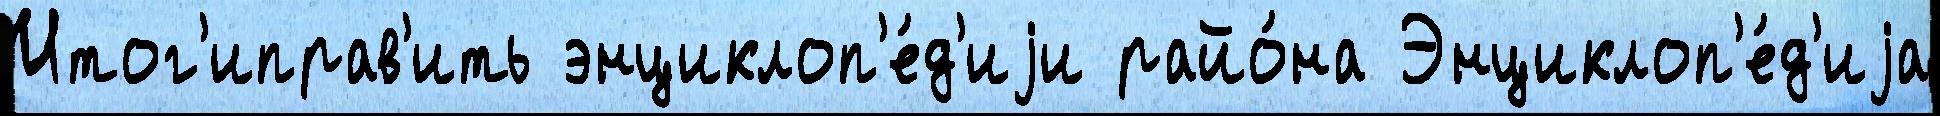
Итог'иправ'ить энциклоп'е́д'иjи райо́на Энциклоп'е́д'иjа